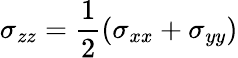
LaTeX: \sigma_{zz}=\frac{1}{2}(\sigma_{xx}+\sigma_{yy})